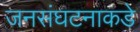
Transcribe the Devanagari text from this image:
जनसंघटनाकडे